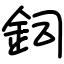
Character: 鉰